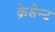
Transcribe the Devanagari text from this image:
क्रेसेन्ट